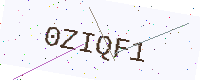
Text: 0ZIQF1